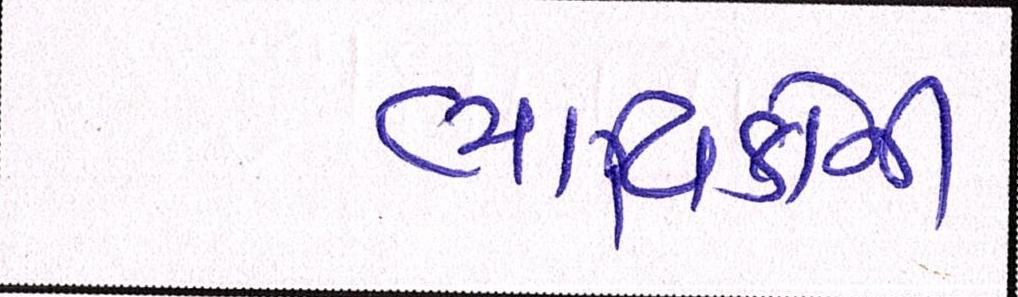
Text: ભાવિકોની